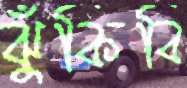
ঝুঁকিবি